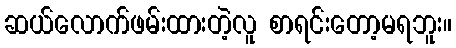
ဆယ်လောက်ဖမ်းထားတဲ့လူ စာရင်းတော့မရဘူး။